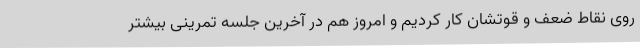
روی نقاط ضعف و قوتشان کار کردیم و امروز هم در آخرین جلسه تمرینی بیشتر